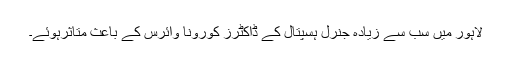
لاہور میں سب سے زیادہ جنرل ہسپتال کے ڈاکٹرز کورونا وائرس کے باعث متاثرہوئے۔